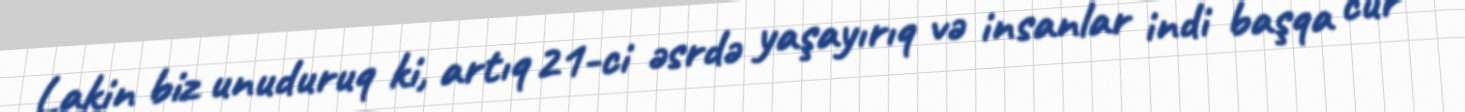
Lakin biz unuduruq ki, artıq 21-ci əsrdə yaşayırıq və insanlar indi başqa cür